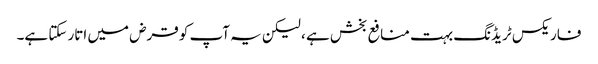
فاریکس ٹریڈنگ بہت منافع بخش ہے ، لیکن یہ آپ کو قرض میں اتار سکتا ہے۔